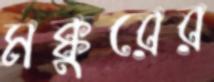
মক্কুরের